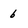
Character: 6